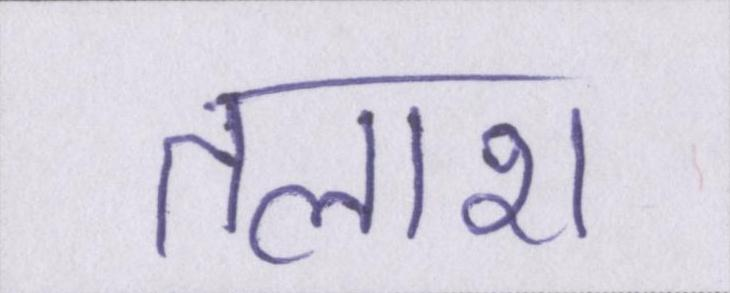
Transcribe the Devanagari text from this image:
तलाश